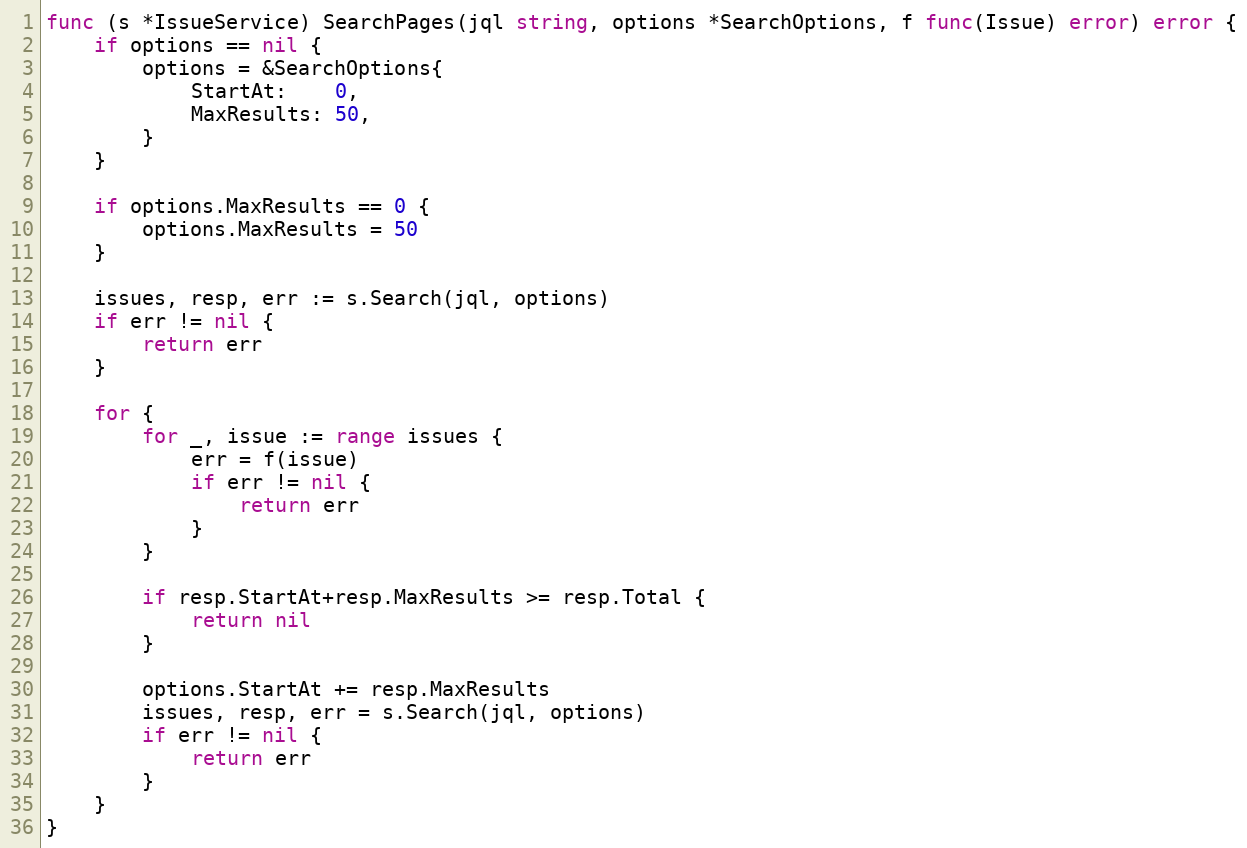
Language: Go
func (s *IssueService) SearchPages(jql string, options *SearchOptions, f func(Issue) error) error {
	if options == nil {
		options = &SearchOptions{
			StartAt:    0,
			MaxResults: 50,
		}
	}

	if options.MaxResults == 0 {
		options.MaxResults = 50
	}

	issues, resp, err := s.Search(jql, options)
	if err != nil {
		return err
	}

	for {
		for _, issue := range issues {
			err = f(issue)
			if err != nil {
				return err
			}
		}

		if resp.StartAt+resp.MaxResults >= resp.Total {
			return nil
		}

		options.StartAt += resp.MaxResults
		issues, resp, err = s.Search(jql, options)
		if err != nil {
			return err
		}
	}
}